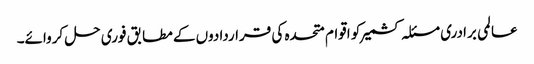
عالمی برادری مسئلہ کشمیر کو اقوام متحدہ کی قراردادوں کے مطابق فوری حل کروائے۔